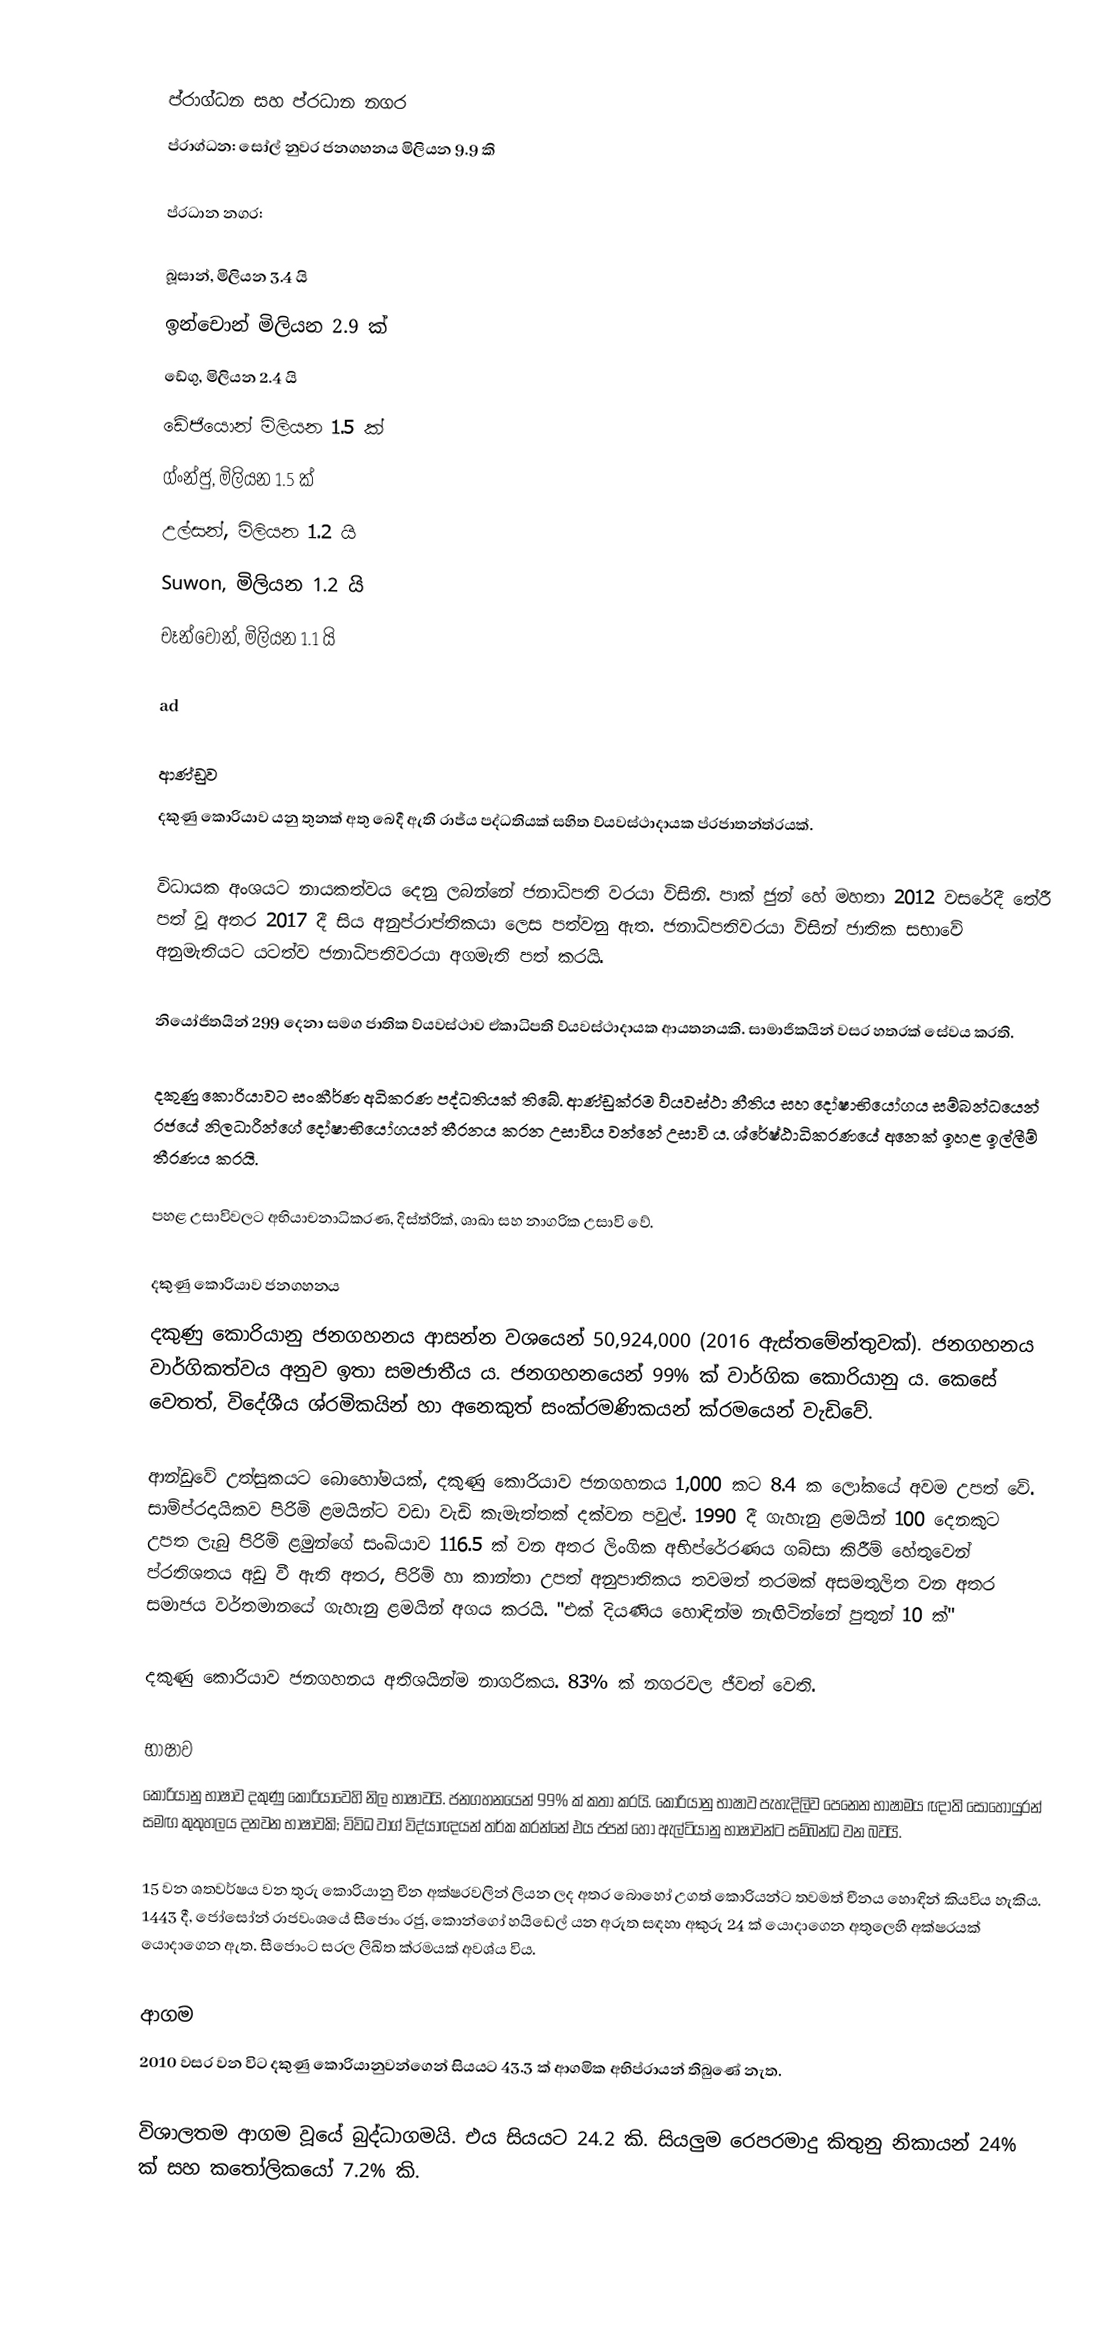

ප්රාග්ධන සහ ප්රධාන නගර
ප්රාග්ධන: සෝල් නුවර ජනගහනය මිලියන 9.9 කි

ප්රධාන නගර:

 බූසාන්, මිලියන 3.4 යි
 ඉන්චොන් මිලියන 2.9 ක්
 ඩේගු, මිලියන 2.4 යි
 ඩේජියොන් මිලියන 1.5 ක්
 ග්ංන්ජු, මිලියන 1.5 ක්
 උල්සන්, මිලියන 1.2 යි
 Suwon, මිලියන 1.2 යි
 චෑන්වොන්, මිලියන 1.1 යි

ad

ආණ්ඩුව
දකුණු කොරියාව යනු තුනක් අතු බෙදී ඇති රාජ්ය පද්ධතියක් සහිත ව්යවස්ථාදායක ප්රජාතන්ත්රයක්.

විධායක අංශයට නායකත්වය දෙනු ලබන්නේ ජනාධිපති වරයා විසිනි. පාක් ජුන් හේ මහතා 2012 වසරේදී තේරී පත් වූ අතර 2017 දී සිය අනුප්රාප්තිකයා ලෙස පත්වනු ඇත. ජනාධිපතිවරයා විසින් ජාතික සභාවේ අනුමැතියට යටත්ව ජනාධිපතිවරයා අගමැති පත් කරයි.

නියෝජිතයින් 299 දෙනා සමග ජාතික ව්යවස්ථාව ඒකාධිපති ව්යවස්ථාදායක ආයතනයකි. සාමාජිකයින් වසර හතරක් සේවය කරති.

දකුණු කොරියාවට සංකීර්ණ අධිකරණ පද්ධතියක් තිබේ. ආණ්ඩුක්රම ව්යවස්ථා නීතිය සහ දෝෂාභියෝගය සම්බන්ධයෙන් රජයේ නිලධාරීන්ගේ දෝෂාභියෝගයන් තීරනය කරන උසාවිය වන්නේ උසාවි ය. ශ්රේෂ්ඨාධිකරණයේ අනෙක් ඉහළ ඉල්ලීම් තීරණය කරයි.

පහළ උසාවිවලට අභියාචනාධිකරණ, දිස්ත්රික්, ශාඛා සහ නාගරික උසාවි වේ.

දකුණු කොරියාව ජනගහනය
දකුණු කොරියානු ජනගහනය ආසන්න වශයෙන් 50,924,000 (2016 ඇස්තමේන්තුවක්). ජනගහනය වාර්ගිකත්වය අනුව ඉතා සමජාතීය ය. ජනගහනයෙන් 99% ක් වාර්ගික කොරියානු ය. කෙසේ වෙතත්, විදේශීය ශ්රමිකයින් හා අනෙකුත් සංක්රමණිකයන් ක්රමයෙන් වැඩිවේ.

ආන්ඩුවේ උත්සුකයට බොහෝමයක්, දකුණු කොරියාව ජනගහනය 1,000 කට 8.4 ක ලෝකයේ අවම උපත් වේ. සාම්ප්රදායිකව පිරිමි ළමයින්ට වඩා වැඩි කැමැත්තක් දක්වන පවුල්. 1990 දී ගැහැනු ළමයින් 100 දෙනකුට උපත ලැබු පිරිමි ළමුන්ගේ සංඛ්යාව 116.5 ක් වන අතර ලිංගික අභිප්රේරණය ගබ්සා කිරීම් හේතුවෙන් ප්රතිශතය අඩු වී ඇති අතර, පිරිමි හා කාන්තා උපත් අනුපාතිකය තවමත් තරමක් අසමතුලිත වන අතර සමාජය වර්තමානයේ ගැහැනු ළමයින් අගය කරයි. "එක් දියණිය හොඳින්ම නැඟිටින්නේ පුතුන් 10 ක්"

දකුණු කොරියාව ජනගහනය අතිශයින්ම නාගරිකය. 83% ක් නගරවල ජීවත් වෙති.

භාෂාව
කොරියානු භාෂාව දකුණු කොරියාවෙහි නිල භාෂාවයි. ජනගහනයෙන් 99% ක් කතා කරයි. කොරියානු භාෂාව පැහැදිලිව පෙනෙන භාෂාමය ඥාති සොහොයුරන් සමඟ කුතුහලය දනවන භාෂාවකි; විවිධ වාග් විද්යාඥයන් තර්ක කරන්නේ එය ජපන් හෝ ඇල්ටියානු භාෂාවන්ට සම්බන්ධ වන බවයි.

15 වන ශතවර්ෂය වන තුරු කොරියානු චීන අක්ෂරවලින් ලියන ලද අතර බොහෝ උගත් කොරියන්ට තවමත් චීනය හොඳින් කියවිය හැකිය. 1443 දී, ජෝසෝන් රාජවංශයේ සීජොං රජු, කොන්ගෝ හයිඩෙල් යන අරුත සඳහා අකුරු 24 ක් යොදාගෙන අතුලෙහි අක්ෂරයක් යොදාගෙන ඇත. සීජොංට සරල ලිඛිත ක්රමයක් අවශ්ය විය.

ආගම
2010 වසර වන විට දකුණු කොරියානුවන්ගෙන් සියයට 43.3 ක් ආගමික අභිප්රායන් තිබුණේ නැත.

විශාලතම ආගම වූයේ බුද්ධාගමයි. එය සියයට 24.2 කි. සියලුම රෙපරමාදු කිතුනු නිකායන් 24% ක් සහ කතෝලිකයෝ 7.2% කි.